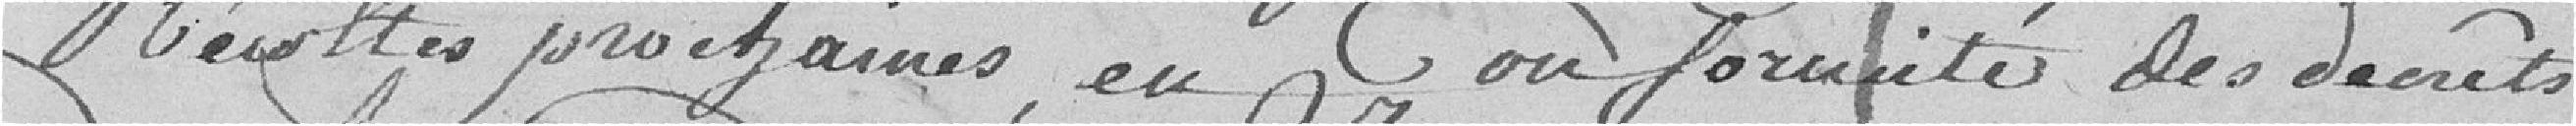
récoltes prochaines, en conformité des décrets